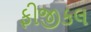
ફીજીકલ